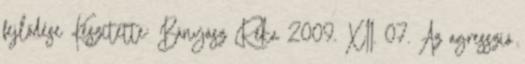
fejlődése Készítette: Bányász Réka 2009. XII. 07. Az agresszió